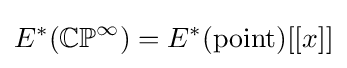
E^{*}(\mathbb {CP} ^{\infty })=E^{*}({\text{point}})[[x]]